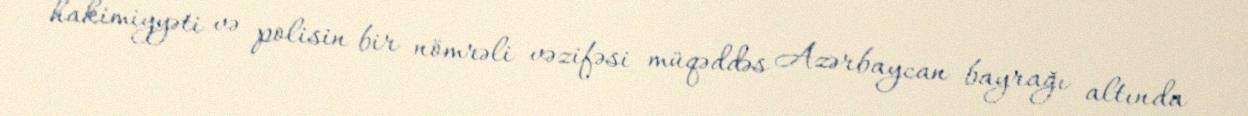
hakimiyyəti və polisin bir nömrəli vəzifəsi müqəddəs Azərbaycan bayrağı altında